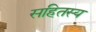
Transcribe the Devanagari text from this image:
सहितस्य